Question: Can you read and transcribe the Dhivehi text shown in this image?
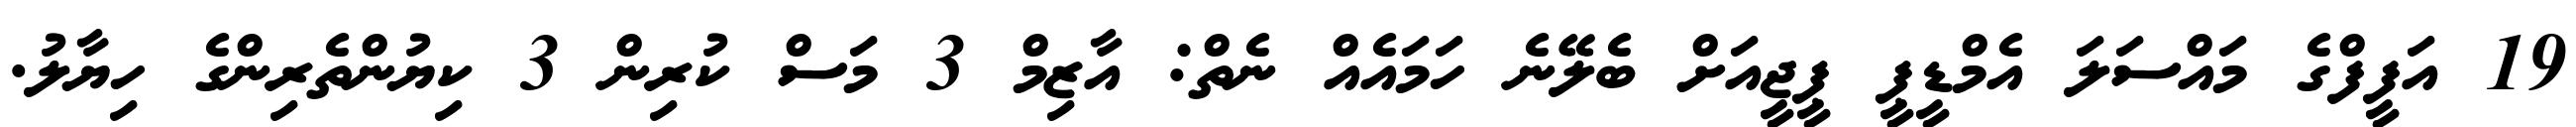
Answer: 19 އަފީފްގެ މައްސަލަ އެމްޑީޕީ ޕީޖީއަށް ބެލޭނެ ހަމައެއް ނެތް: އާޒިމް 3 މަސް ކުރިން 3 ކިޔުންތެރިންގެ ހިޔާލު.